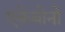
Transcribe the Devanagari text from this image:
एकेबोनो